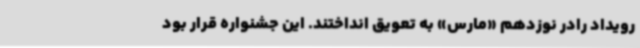
رویداد رادر نوزدهم «مارس» به تعویق انداختند. این جشنواره قرار بود